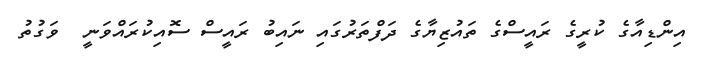
އިންޑިއާގެ ކުރީގެ ރައީސްގެ ތައުޒިޔާގެ ދަފްތަރުގައި ނައިބު ރައީސް ސޮއިކުރައްވަނީ  ވަގުތު